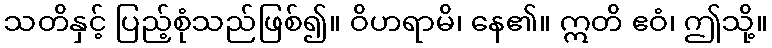
သတိနှင့် ပြည့်စုံသည်ဖြစ်၍။ ဝိဟရာမိ၊ နေ၏။ ဣတိ ဧဝံ၊ ဤသို့။